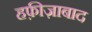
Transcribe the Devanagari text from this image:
हफ़ीज़ाबाद